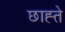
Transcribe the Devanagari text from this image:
छाह्ते